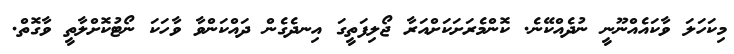
މިކަހަލަ ވާކައެއްނޫނީ ނުދެއްކޭނެ. ކޮންމެރަށަކަށްއަރާ ޖޯލިފަތީގަ އިނދެގެން ދައްކަންވާ ވާހަކަ ނޯޓުކޮށްލާތީ ވާގޮތް.